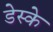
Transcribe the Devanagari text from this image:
डेस्के